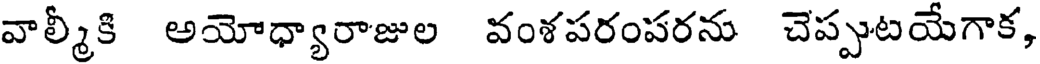
వాల్మీకి అయోధ్యారాజుల వంశపరంపరను చెప్పుటయేగాక,